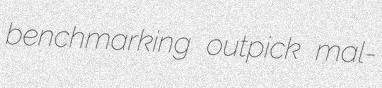
benchmarking outpick mal-